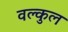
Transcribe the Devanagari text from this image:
वल्कुल